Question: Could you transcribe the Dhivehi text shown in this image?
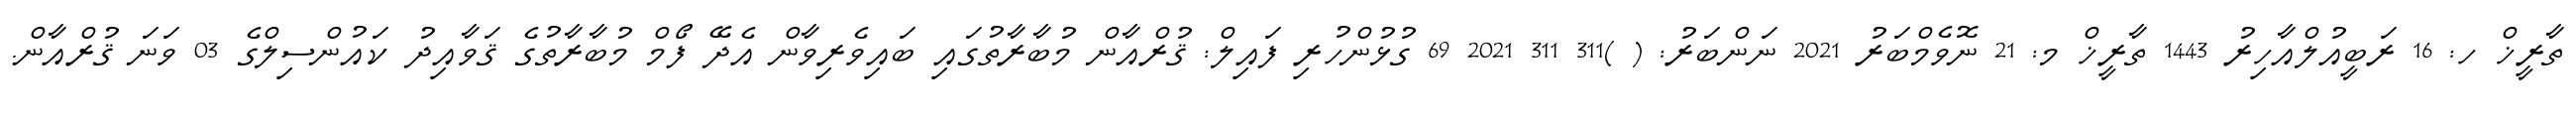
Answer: ތާރީޚް ހ: 16 ރަބީއުލްއާހިރު 1443 ތާރީޚް މ: 21 ނޮވެމްބަރު 2021 ނަންބަރު: ( )311 311 2021 69 ގުޅުންހުރި ފައިލް: ޤުރްއާން މުބާރާތުގައި ބައިވެރިވާން އެދޭ ފޯމް މުބާރާތުގެ ޤަވާއިދު ކައުންސިލްގެ 03 ވަނަ ޤުރްއާން.